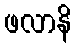
ဖလာနိ